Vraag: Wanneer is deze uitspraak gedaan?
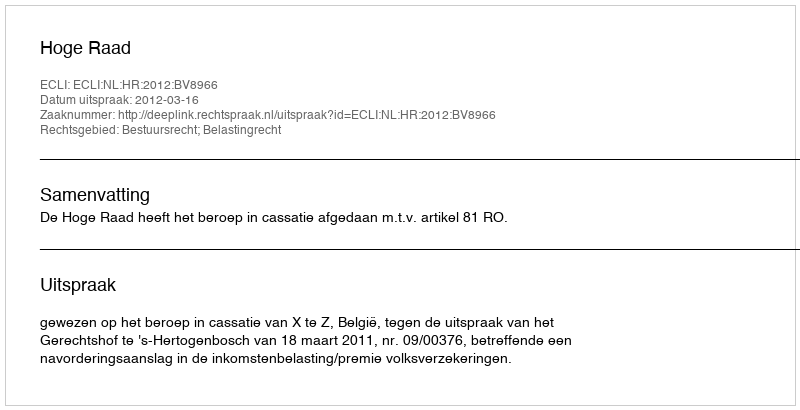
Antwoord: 2012-03-16